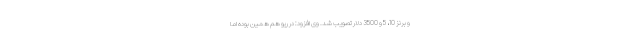
و برنز 10، 5 و 3500 دلار تصویب شد. وی افزود: در ریو هم همین بوده اما